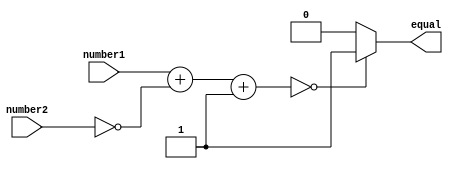
module equality_comparator (
    input [7:0] number1,
    input [7:0] number2,
    output reg equal
);

reg [15:0] result;

always @* begin
    result = number1 + ~number2 + 1;
    if (result == 0)
        equal = 1;
    else
        equal = 0;
end

endmodule